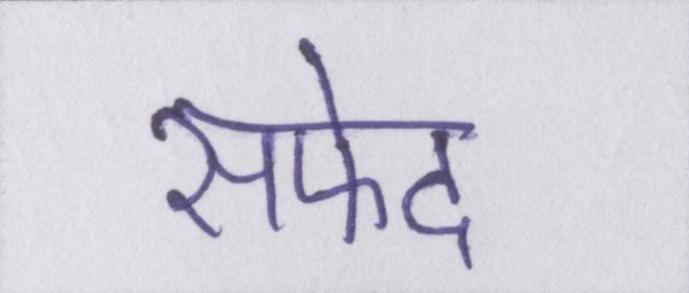
सफेद